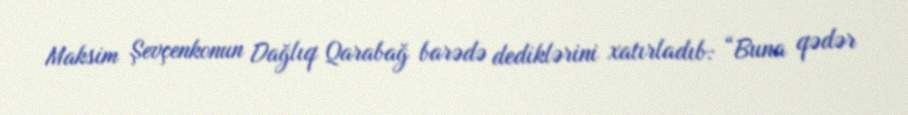
Maksim Şevçenkonun Dağlıq Qarabağ barədə dediklərini xatırladıb: “Buna qədər